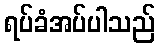
ရပ်ခံအပ်ပါသည်